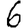
Digit: 6